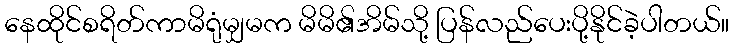
နေထိုင်စရိတ်ကာမိရုံမျှမက မိမိ၏အိမ်သို့ ပြန်လည်ပေးပို့နိုင်ခဲ့ပါတယ်။